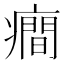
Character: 癎